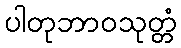
ပါတုဘာဝသုတ္တံ